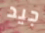
جيد